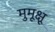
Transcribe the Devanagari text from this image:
मुमूक्षू